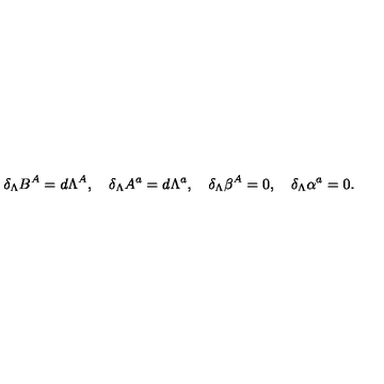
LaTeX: \delta _ { \Lambda } B ^ { A } = d \Lambda ^ { A } , \quad \delta _ { \Lambda } A ^ { a } = d \Lambda ^ { a } , \quad \delta _ { \Lambda } \beta ^ { A } = 0 , \quad \delta _ { \Lambda } \alpha ^ { a } = 0 .